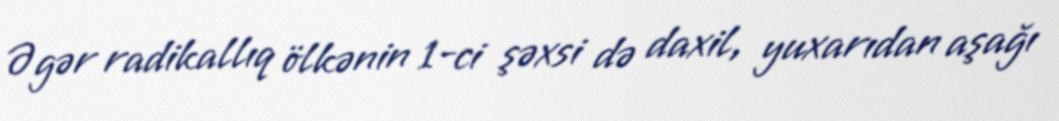
Əgər radikallıq ölkənin 1-ci şəxsi də daxil, yuxarıdan aşağı